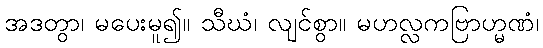
အဒတွာ၊ မပေးမူ၍။ သီဃံ၊ လျင်စွာ။ မဟလ္လကဗြာဟ္မဏံ၊